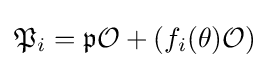
{\mathfrak {P}}_{i}={\mathfrak {p}}{\mathcal {O}}+(f_{i}(\theta ){\mathcal {O}})